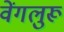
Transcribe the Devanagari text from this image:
वेंगलुरू